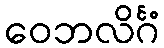
ဝေဘလိင်္ဂံ